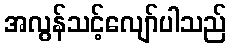
အလွန်သင့်လျော်ပါသည်